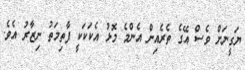
ޔަގީނަށް ވެސް އޭގެ ތެރެއިން އެންމެ މޮޅު އެކަކަކީ ފާތިމަތު ނިޒާރު އެވެ.